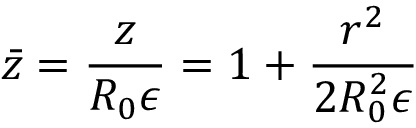
\bar { z } = \frac { z } { R _ { 0 } { \epsilon } } = 1 + \frac { r ^ { 2 } } { 2 R _ { 0 } ^ { 2 } { \epsilon } }